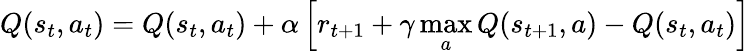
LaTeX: Q(s_{t},a_{t})=Q(s_{t},a_{t})+\alpha\left[r_{t+1}+\gamma\operatorname*{max}_{a}Q(s_{t+1},a)-Q({s_{t},a_{t}})\right]